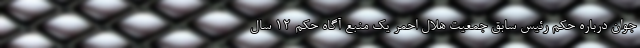
جوان درباره حکم رئیس سابق جمعیت هلال احمر یک منبع آگاه حکم ۱۲ سال